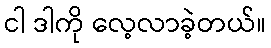
ငါ ဒါကို လေ့လာခဲ့တယ်။